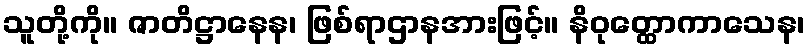
သူတို့ကို။ ဇာတိဋ္ဌာနေန၊ ဖြစ်ရာဌာနအားဖြင့်။ နိဝုတ္ထောကာသေန၊